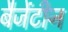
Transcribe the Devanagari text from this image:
बैजेंटीन